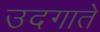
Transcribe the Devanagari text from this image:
उदगाते